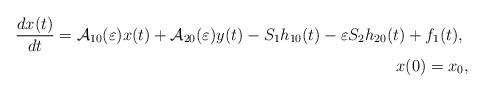
LaTeX: \begin{align*} \frac{dx(t)}{dt}={\mathcal{A}}_{1 0}(\varepsilon)x(t)+{\mathcal{A}}_{20}(\varepsilon)y(t)-S_{1}h_{1 0}(t)-\varepsilon S_{2}h_{2 0}(t)+f_{1}(t),\ \\ x(0)=x_{0},\end{align*}